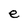
Character: e